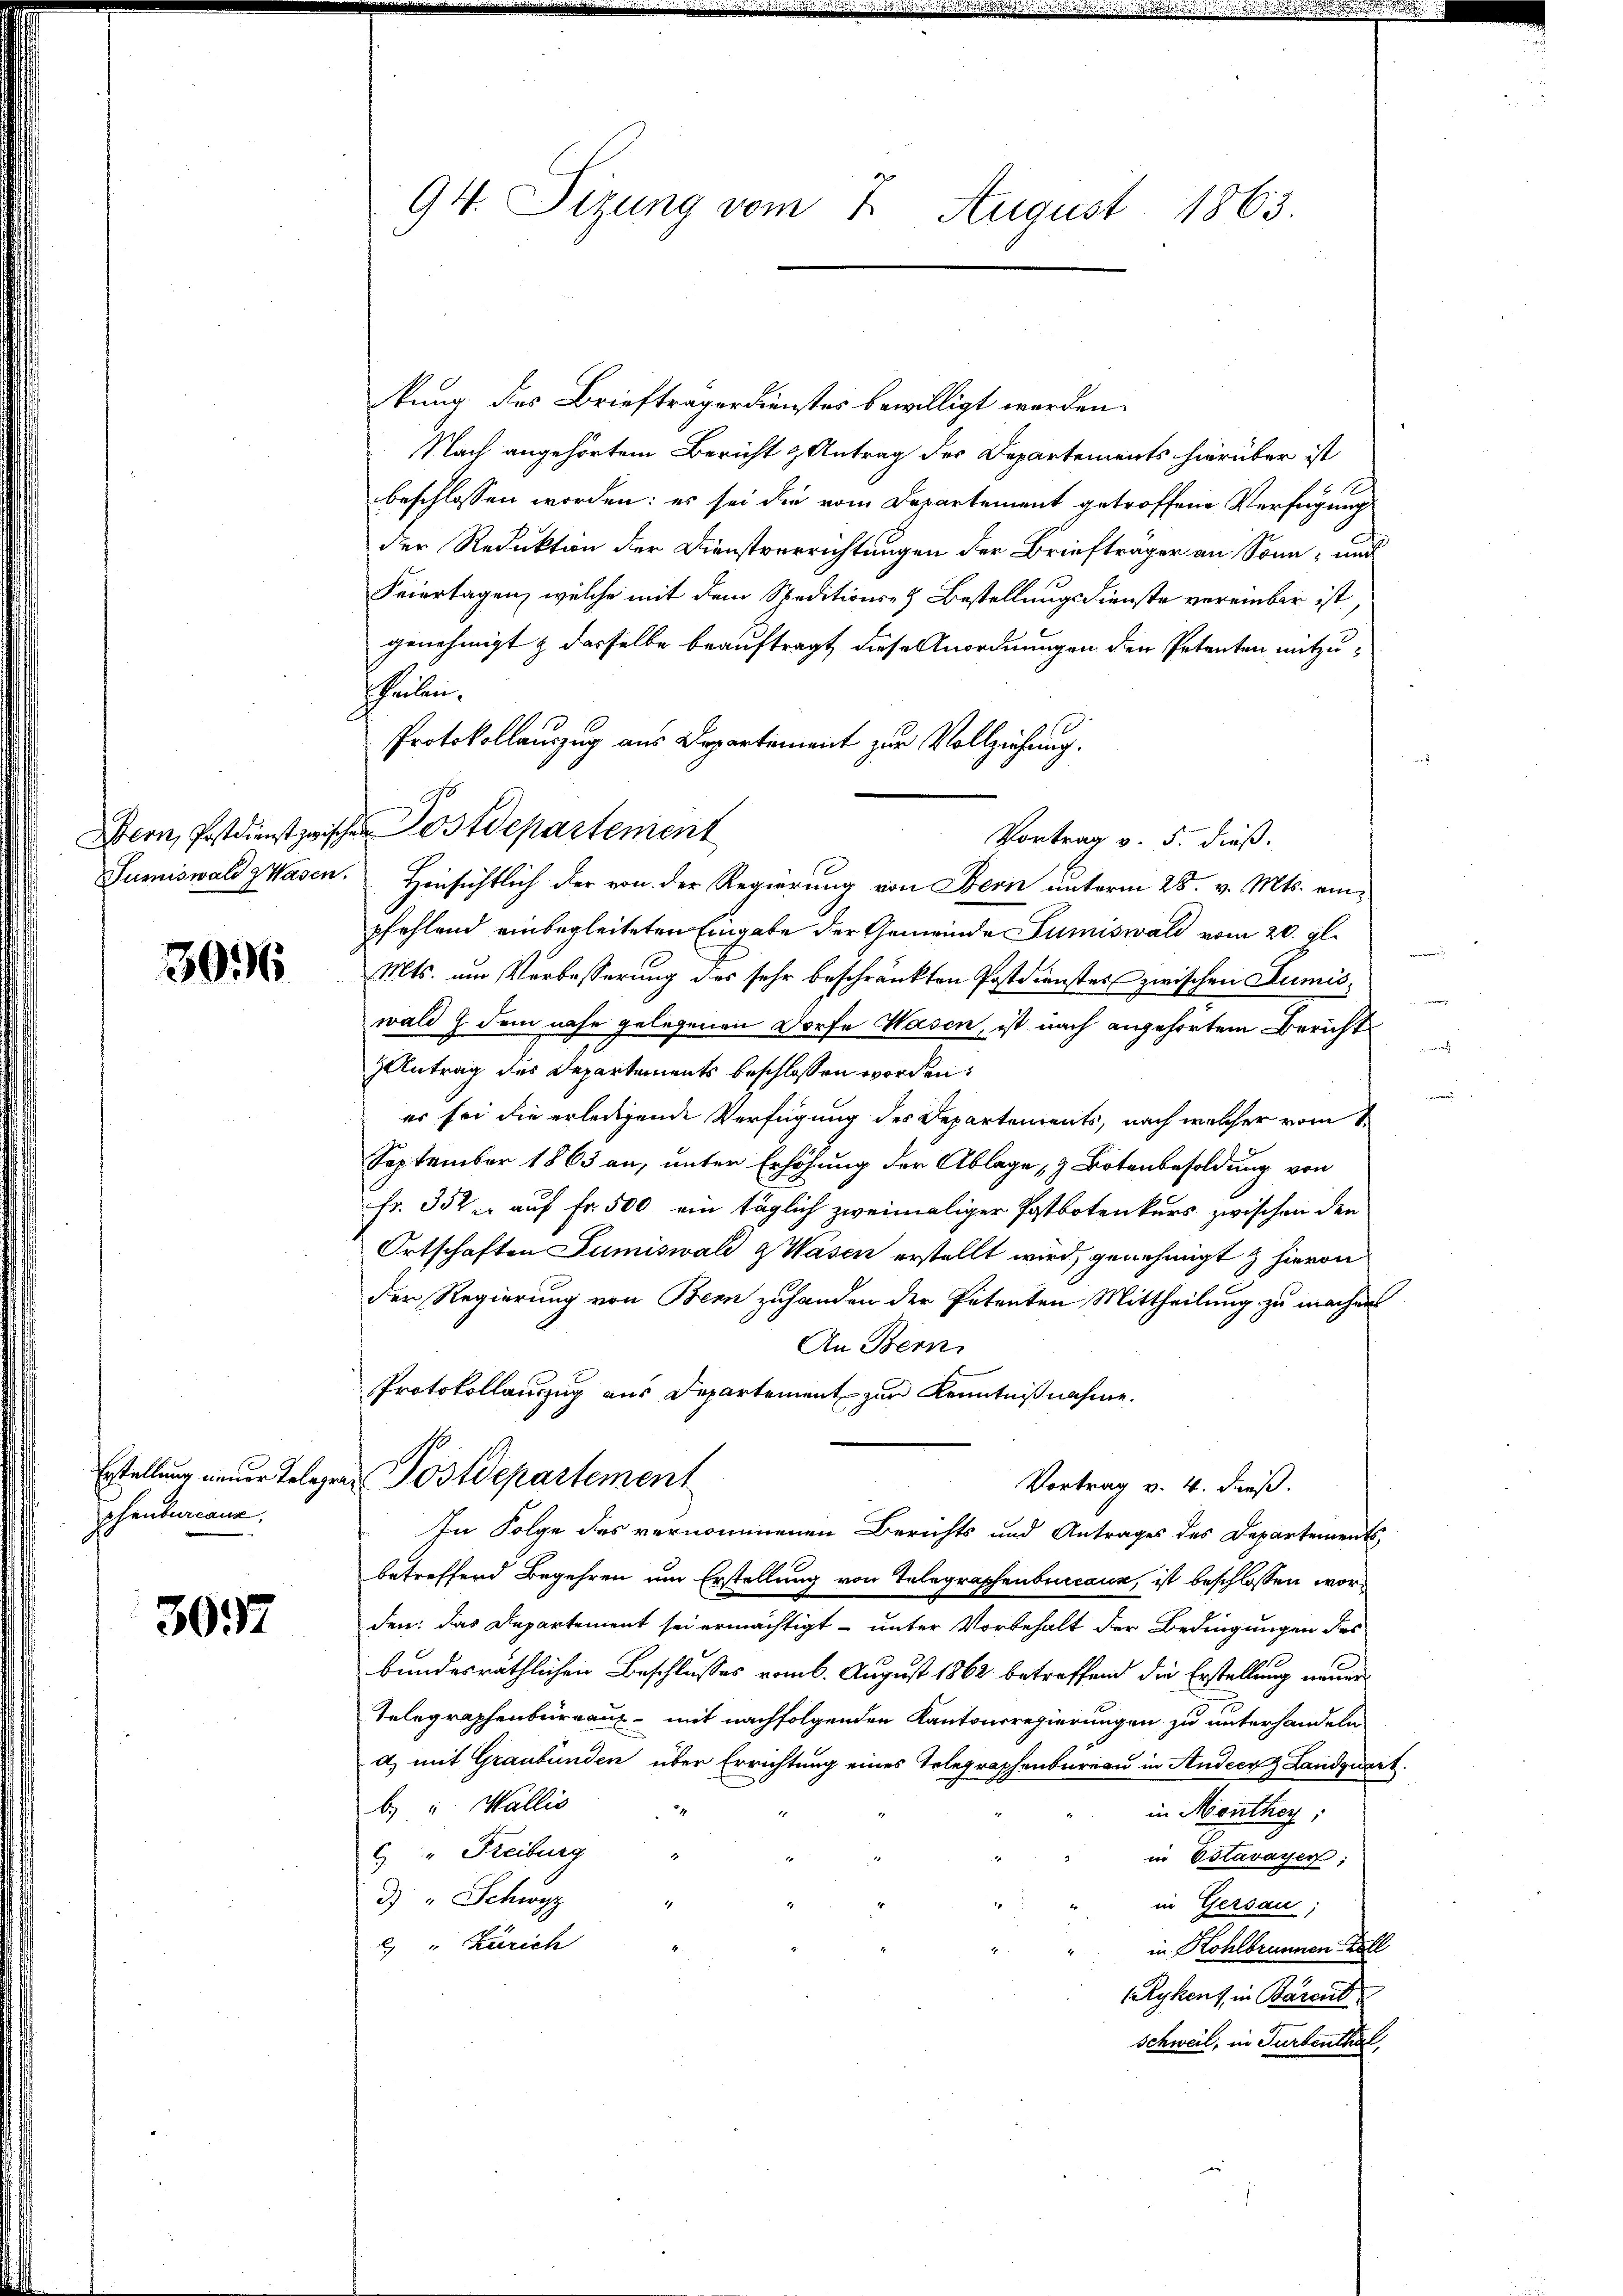
3016

phenburcana.

3037

94. Sizung vom 2. August 1863.

Protokollauszug aus Departement zur Vollziehung.
so

kung des Briefträgerdienstes bewilligt werden.
Nach angehörtem Bericht & Antrag des Departements hierüber ist
beschlossen worden: es sei die vom Departement getroffene Verfügung
der Redukten der Dienstverrichtungen der Briefträger an Sonn- und
Feiertagen, welche mit dem Speditions- & Bestellungsdienste vereinbar ist,
genehmigt & derselbe beauftragt, diese Anordnungen den Petenten mitzutheilen,
m
Bern, Postdienst zwischen Postdepartement
Vortrag v. 5. dieß.
Sumiswald Wasen. Hinsichtlich der von der Regierung von Bern unterm 28. v. Mts. einpfehlend einbegleiteten Eingabe der Gemeinde Lumiswald vom 20. gl.
Mts. um Verbesserung des sehr beschränkten Postdienstes zwischen Lumiswald dem nahe gelegenen Dorfe Wasen, ist nach angehörtem Bericht
Antrag des Departements beschlossen worden:
er sei die erledigende Verfügung des Departements, nach welcher vom 1
September 1863 an, unter Erhöhung der Ablage, & Botenbesoldung von
Fr. 352 er auf Fr. 500 ein täglich zweimaliger Postbotenkurs zwischen den
Ortschaften Sumiswald & Wasen erstellt wird, genehmigt & hievon
der Regierung von Bern zuhanden der Petenten Mittheilung zu machen
An Bern,
Protokollauszug aus Departement zur Kenntnißnahme.
Erstellung neuer Telegras Postdepartement
Vortrag v. 4. dieß.
In Folge des vernommenen Berichts und Antrages des Departements
betreffend Begehren um Erstellung von Telegraphenbuccaue, ist beschlossen worden: das Departement sei ermächtigt – unter Vorbehalt der Bedingungen des
bundesräthlichen Beschlusses vom 6. August 1862 betreffend die Erstellung neuer
Telegraphenbureaus - mit nachfolgenden Kantonsregierungen zu unterhandeln.
d) mit Graubünden über Errichtung eines Telegraphenbureau in Ander Landquart.
b) u. Wallis
in Monthey,
C " Freiburg "
in Estavayer;
d. " Schwyz
1
in Gersau;
" Zürich
in Kohlbrunnen Koll
Rykens in Barent
Schweil, in Turbenthal,